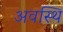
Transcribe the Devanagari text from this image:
अवस्थि